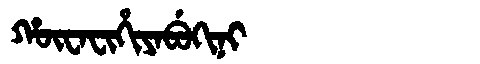
Manchu: ᡥᡡᠸᠠᠸᡳᡥᡳᠶᠠᠪᡠᡴᡳᠨᡳ
Romanization: HŪWAFIHIYABUKINI